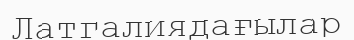
Латгалиядағылар